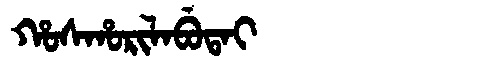
Manchu: ᡥᠣᠰᡥᠣᡵᡳᠯᠠᠪᡠᡨᠠᡳ
Romanization: HOSHORILABUTAI